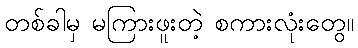
တစ်ခါမှ မကြားဖူးတဲ့ စကားလုံးတွေ။